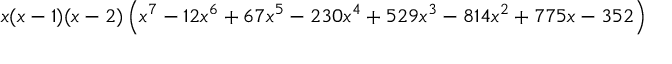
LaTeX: x ( x - 1 ) ( x - 2 ) \left( x ^ { 7 } - 1 2 x ^ { 6 } + 6 7 x ^ { 5 } - 2 3 0 x ^ { 4 } + 5 2 9 x ^ { 3 } - 8 1 4 x ^ { 2 } + 7 7 5 x - 3 5 2 \right)